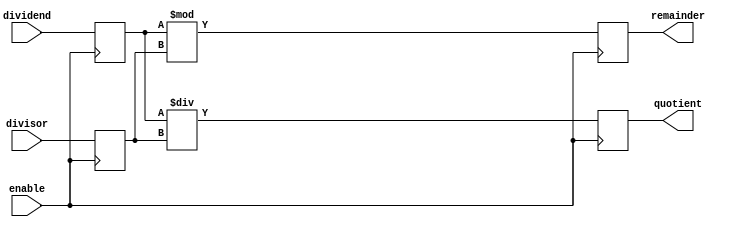
module Divider (
  input wire [31:0] dividend,
  input wire [31:0] divisor,
  input wire enable,
  output wire [31:0] quotient,
  output wire [31:0] remainder
);

  // Internal signals
  reg [31:0] dividend_reg;
  reg [31:0] divisor_reg;
  reg [31:0] quotient_reg;
  reg [31:0] remainder_reg;

  // Divison operation
  always @ (posedge enable) begin
    if (enable) begin
      dividend_reg <= dividend;
      divisor_reg <= divisor;
      
      quotient_reg <= dividend_reg / divisor_reg;
      remainder_reg <= dividend_reg % divisor_reg;
    end
  end

  // Outputs
  assign quotient = quotient_reg;
  assign remainder = remainder_reg;

endmodule